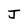
Character: J